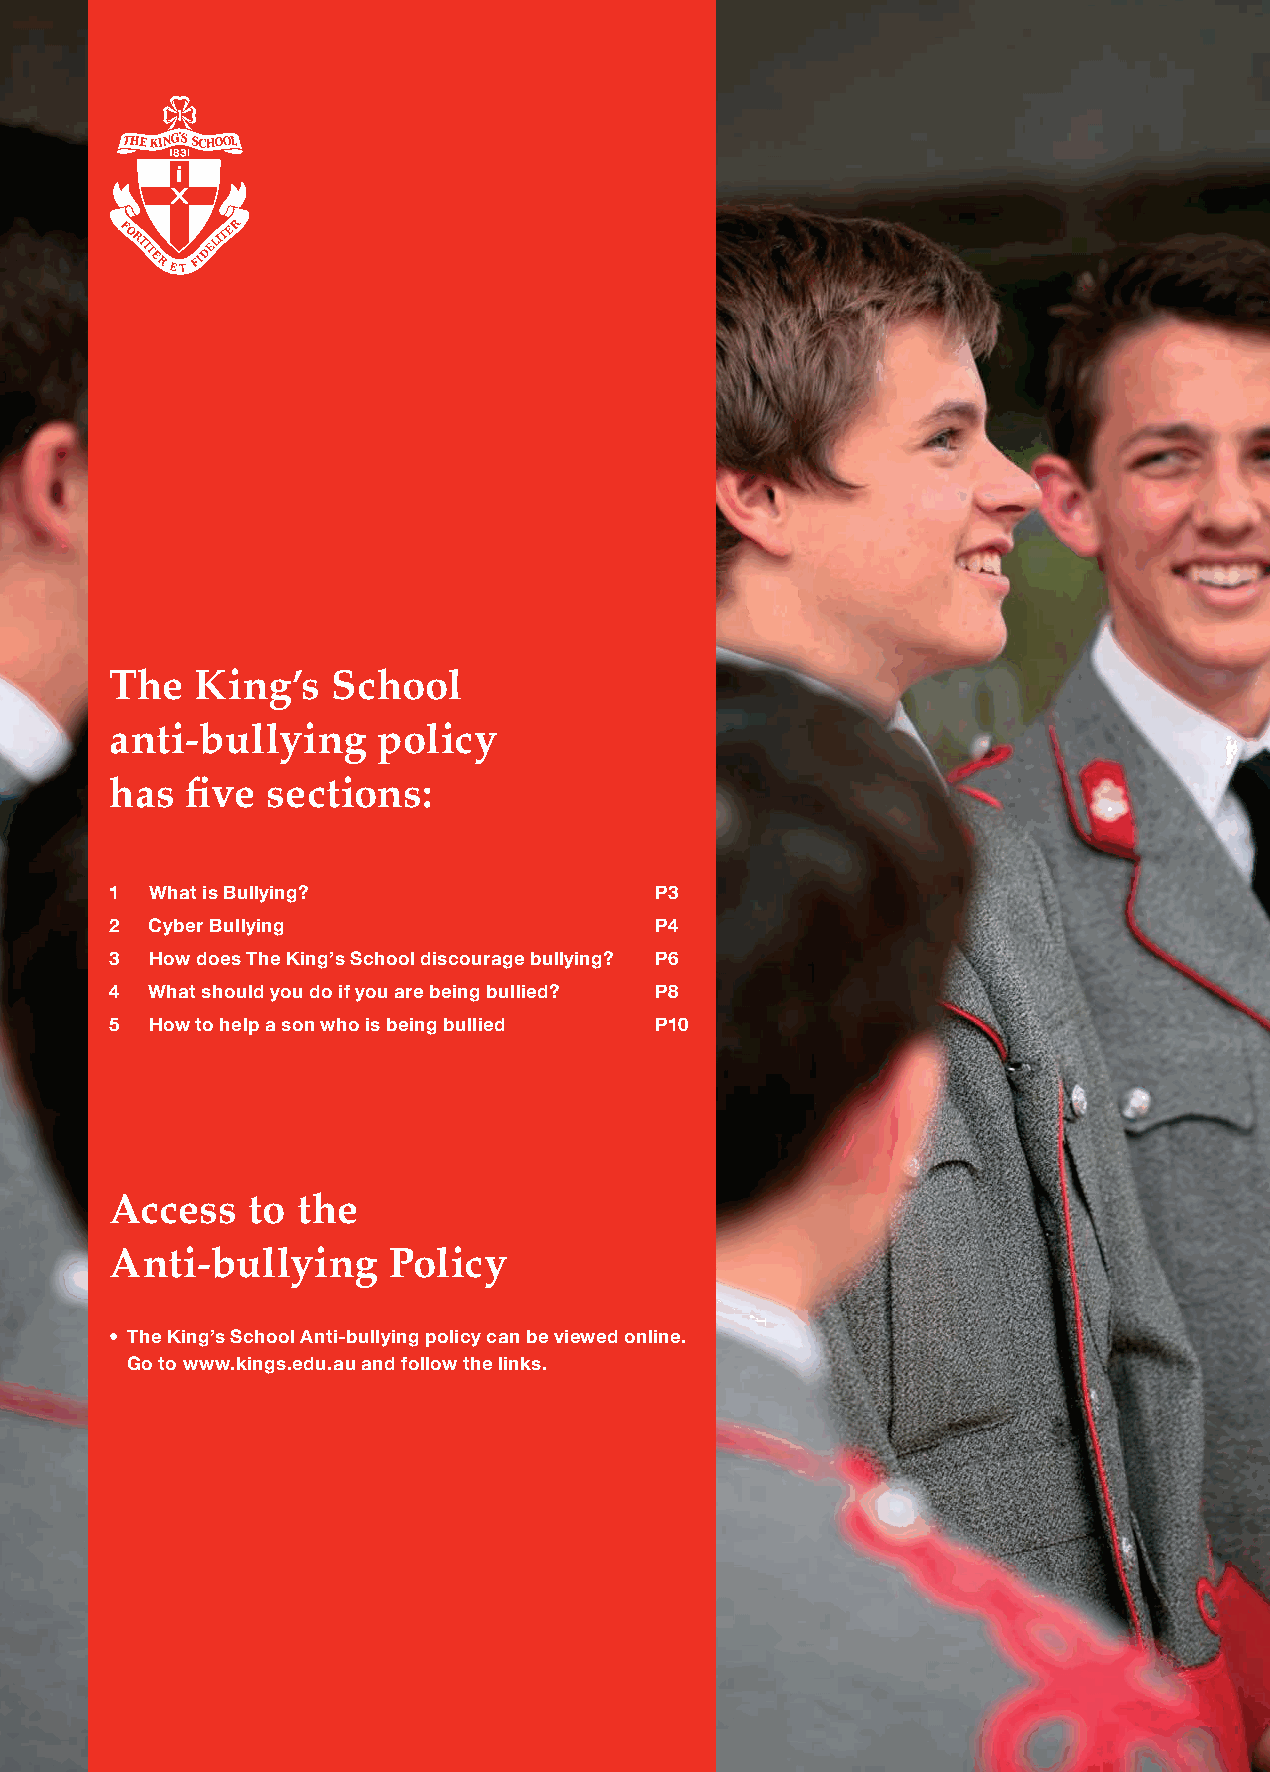
The   King’s   School
 anti-bullying     policy
 has  five  sections:
 1  What is Bullying?                P3
 2  Cyber Bullying                   P4
 3  How does The King’s School discourage bullying? P6
 4  What should you do if you are being bullied? P8
 5  How to help a son who is being bullied P10
 Access   to  the
 Anti-bullying      Policy
 • The King’s School Anti-bullying policy can be viewed online.
 Go to www.kings.edu.au and follow the links.
 3